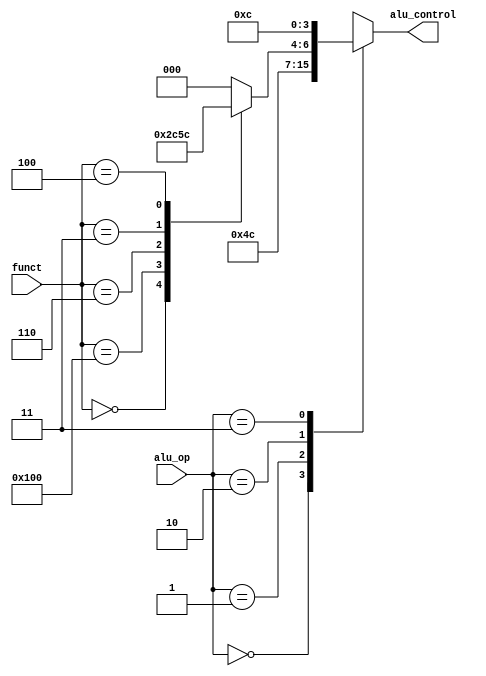
`timescale 1ns / 1ps

module ALU_Control
(
    input wire [1:0] alu_op,
    input wire [9:0] funct,     // {funct7, funct3}
    output reg [3:0] alu_control 
);

    /* INSTRUCTIONS */
//     alu_op    |                   funct7                  |        funct3      |       alu_control     |
//   [1]   [0]   |   [9]   [8]   [7]   [6]   [5]   [4]   [3] |  [2]   [1]   [0]   |   [3]  [2]  [1]  [0]  |
//   0     0     |   x     x     x     x     x     x     x  |   x     x     x     |   0    0    1    0    |  // ld sd
//   0     1     |   x     x     x     x     x     x     x  |   x     x     x     |   0    1    1    0    |  // beq
//   1     0     |   0     0     0     0     0     0     0  |   0     0     0     |   0    0    1    0    |  // add
//   1     0     |   0     1     0     0     0     0     0  |   0     0     0     |   0    1    1    0    |  // sub
//   1     0     |   0     0     0     0     0     0     0  |   1     1     1     |   0    0    0    0    |  // and
//   1     0     |   0     0     0     0     0     0     0  |   1     1     0     |   0    0    0    1    |  // or
//   1     0     |   0     0     0     0     0     0     0  |   1     1     0     |   0    0    1    1    |  // xor
//   1     0     |   0     0     0     0     0     0     0  |   1     1     0     |   0    1    0    0    |  // not
//   1     1     |   x     x     x     x     x     x     x  |   x     x     x     |   1    1    0    0    |  // jal

    parameter AND = 4'b0000;
    parameter OR = 4'b0001;
    parameter ADD = 4'b0010;
    parameter XOR = 4'b0011;
    parameter NOT = 4'b0100;
    parameter SUBTRACT = 4'b0110;
    parameter JUMP = 4'b1100;

    always @* begin
        casex(alu_op)
            2'b00: alu_control = ADD;
            2'b01: alu_control = SUBTRACT;
            2'b10: case(funct)
                10'b0000000000: alu_control = ADD;
                10'b0100000000: alu_control = SUBTRACT;
                10'b0000000111: alu_control = AND;
                10'b0000000110: alu_control = OR;
                10'b0000000011: alu_control = XOR;
                10'b0000000100: alu_control = NOT;
                default: alu_control = AND;
                endcase
            2'b11: alu_control = JUMP;
            default: alu_control = AND;   
        endcase      
    end

endmodule